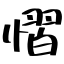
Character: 慴